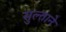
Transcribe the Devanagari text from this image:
सुल्ताने